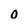
Character: 0